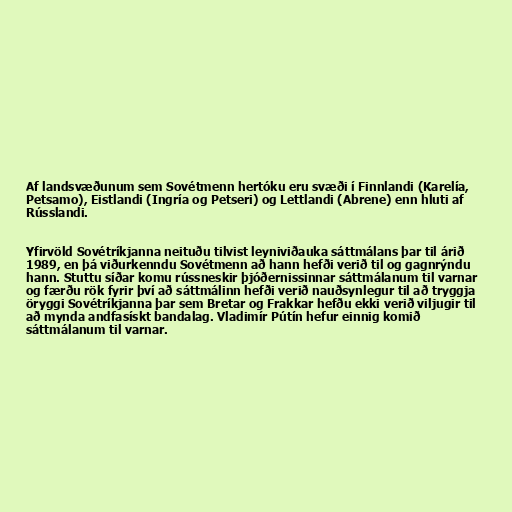
Af landsvæðunum sem Sovétmenn hertóku eru svæði í Finnlandi (Karelía,
Petsamo), Eistlandi (Ingría og Petseri) og Lettlandi (Abrene) enn hluti af
Rússlandi.

Yfirvöld Sovétríkjanna neituðu tilvist leyniviðauka sáttmálans þar til árið
1989, en þá viðurkenndu Sovétmenn að hann hefði verið til og gagnrýndu
hann. Stuttu síðar komu rússneskir þjóðernissinnar sáttmálanum til varnar
og færðu rök fyrir því að sáttmálinn hefði verið nauðsynlegur til að tryggja
öryggi Sovétríkjanna þar sem Bretar og Frakkar hefðu ekki verið viljugir til
að mynda andfasískt bandalag. Vladimír Pútín hefur einnig komið
sáttmálanum til varnar.